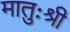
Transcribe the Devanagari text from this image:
मातुःश्री